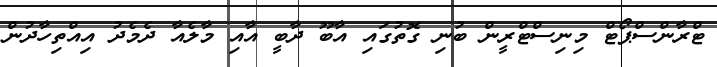
ޓްރާންސްޕޯޓް މިނިސްޓްރީން ބުނި ގޮތުގައި އާބޫ ދާބީ އާއި މާލެއާ ދެމެދު އިއްތިހާދުން